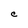
Character: C